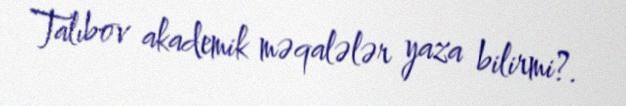
Talıbov akademik məqalələr yaza bilirmi?.